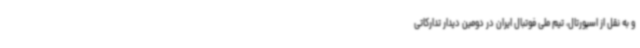
و به نقل از اسپورتال، تیم ملی فوتبال ایران در دومین دیدار تدارکاتی